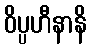
ဝိပ္ပဟီနာနိ